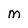
Character: m